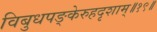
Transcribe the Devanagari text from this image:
विबुधपङ्केरुहदृशाम्॥१९॥